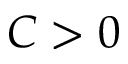
C > 0